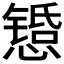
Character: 𫻇